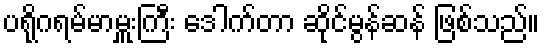
ပရိုဂရမ်မာမှူးကြီး ဒေါက်တာ ဆိုင်မွန်ဆန် ဖြစ်သည်။